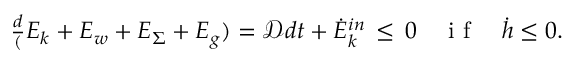
\begin{array} { r } { \frac { d } ( E _ { k } + E _ { w } + E _ { \Sigma } + E _ { g } ) = \mathcal { D } { d t } + \dot { E } _ { k } ^ { i n } \, \leq \, 0 \quad \mathrm { ~ i ~ f ~ } \quad \dot { h } \leq 0 . } \end{array}